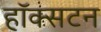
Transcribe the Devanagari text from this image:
हॉक्सटन